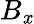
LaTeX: B_{\mathit{x}}